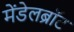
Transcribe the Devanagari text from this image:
मेंडेलब्रॉट